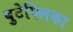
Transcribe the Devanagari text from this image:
बुटेफ्लिका